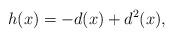
LaTeX: \begin{align*}h(x) = -d(x) + d^2(x),\end{align*}